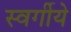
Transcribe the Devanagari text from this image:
स्वर्गीये